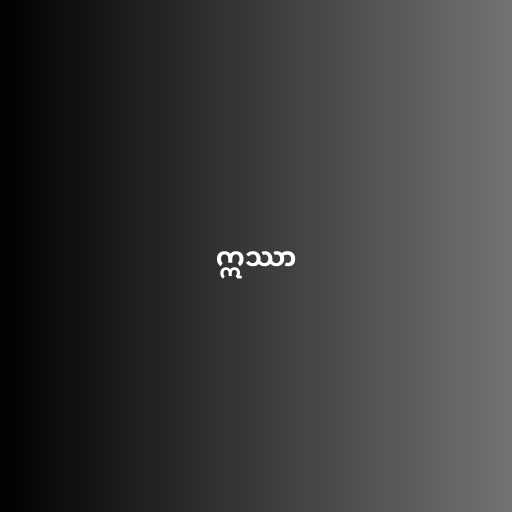
ဣဿာ